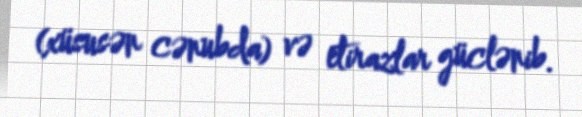
(xüsusən cənubda) və etirazlar güclənib.